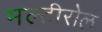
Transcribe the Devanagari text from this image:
मल्टीरोल